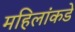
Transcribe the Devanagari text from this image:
महिलांकडे